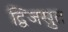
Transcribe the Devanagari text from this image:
द्विजसुत